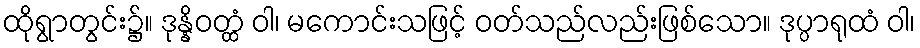
ထိုရွာတွင်း၌။ ဒုန္နိဝတ္ထံ ဝါ၊ မကောင်းသဖြင့် ဝတ်သည်လည်းဖြစ်သော။ ဒုပ္ပာရုထံ ဝါ၊